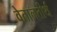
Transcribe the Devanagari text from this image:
वेतालतीर्थ